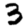
Digit: 3